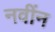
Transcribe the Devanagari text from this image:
नवींन